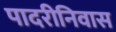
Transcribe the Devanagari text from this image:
पादरीनिवास